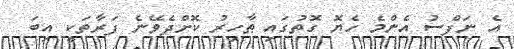
އެ ނަފްސު އެންމެ ހެޔޮ ގޮތުގައި ޠާހިރު ކޮށްދެވޭނެ ފަރާތަކީ އިބަ